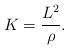
LaTeX: \begin{align*} K = \frac{L^2}{\rho}. \end{align*}